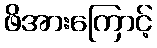
ဖိအားကြောင့်